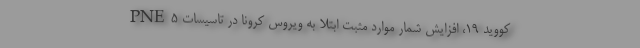
کووید ۱۹، افزایش شمار موارد مثبت ابتلا به ویروس کرونا در تاسیسات PNE۵